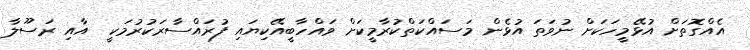
އެއްގޮތަށް އުޅޭމީހަކަށް ނުވަތަ އުޅެން މަސައްކަތްކުރާމީކަށް ވައްހާބީއޭކިޔައި ފުރައްސާރަކުރުމަކީ  އާއި ރަސޫލާ